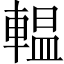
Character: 輼